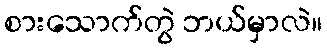
စားသောက်တွဲ ဘယ်မှာလဲ။